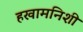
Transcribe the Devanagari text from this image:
हखामनिशी